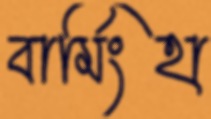
বার্মিংহা